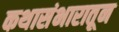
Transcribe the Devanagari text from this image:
कथासंभारातून